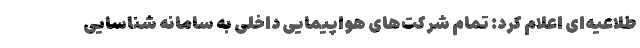
طلاعیه‌ای اعلام کرد: تمام شرکت‌های هواپیمایی داخلی به سامانه شناسایی